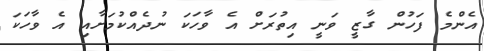
އެންމެ ފަހުން ގާޒީ ވަނީ އިތުރަށް އެ ވާހަކަ ނުދެއްކުމަށާއި އެ ވާހަކަ